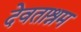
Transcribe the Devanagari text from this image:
देवताश्रम